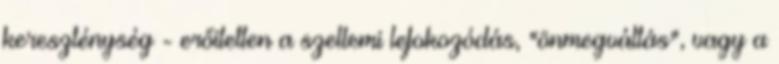
kereszténység - erőitetten a szellemi lefokozódás, "önmegváltás", vagy a